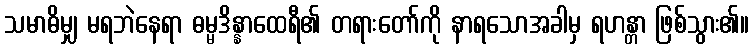
သမာဓိမျှ မရဘဲနေရာ ဓမ္မဒိန္နာထေရီ၏ တရားတော်ကို နာရသောအခါမှ ရဟန္တာ ဖြစ်သွား၏။